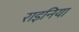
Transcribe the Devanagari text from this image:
राइनिया